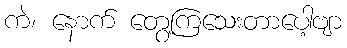
ကဲ၊ နောက် တွေ့ကြသေးတာပေါ့ဗျာ